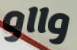
وااو